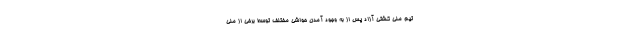
تیم ملی کشتی آزاد پس از به وجود آمدن حواشی مختلف توسط برخی از ملی